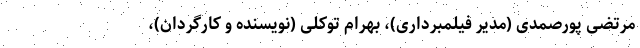
مرتضی پورصمدی (مدیر فیلمبرداری)، بهرام توکلی (نویسنده و کارگردان)،